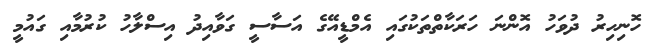
ހޮނިހިރު ދުވަހު އޮންނަ ހަރަކާތްތަކުގައި އެމްޑީއޭގެ އަސާސީ ގަވާއިދު އިސްލާހު ކުރުމާއި ގައުމީ